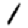
Digit: 1